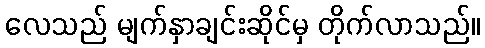
လေသည် မျက်နှာချင်းဆိုင်မှ တိုက်လာသည်။